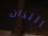
اللذان